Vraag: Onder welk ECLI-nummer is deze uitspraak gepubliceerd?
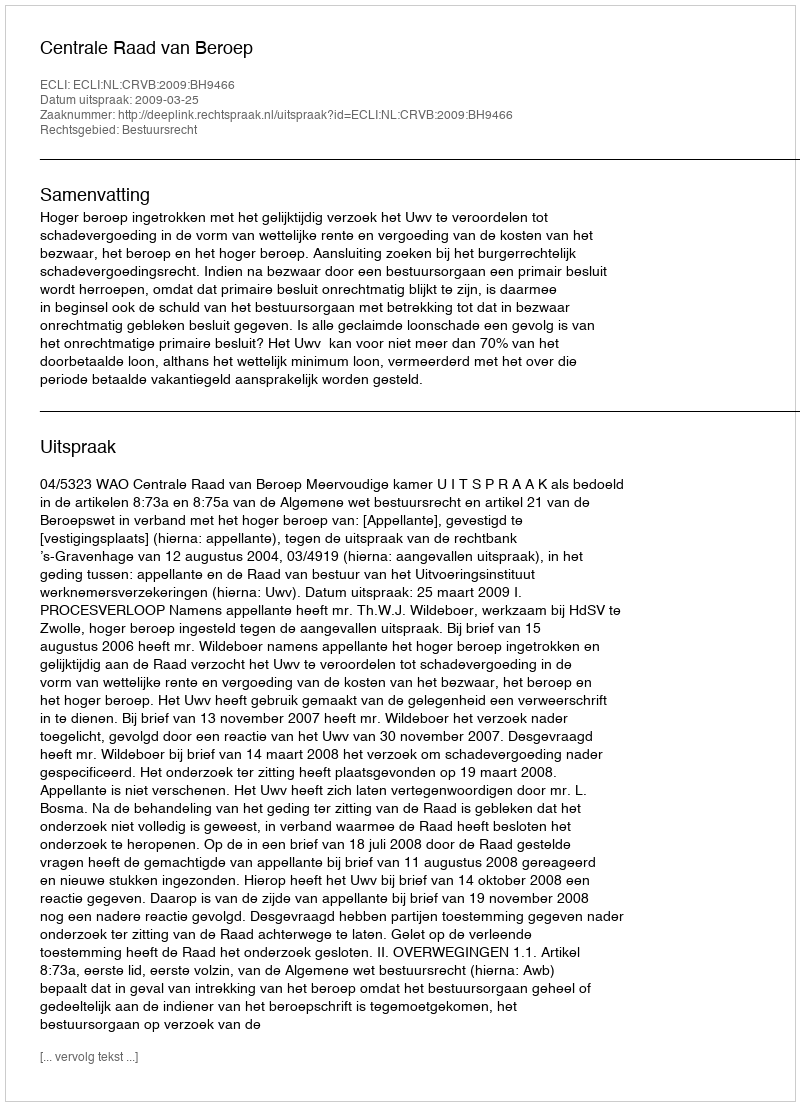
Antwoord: ECLI:NL:CRVB:2009:BH9466